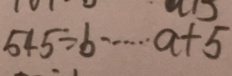
5 4 5 \div b \cdots a + 5